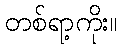
တစ်ရာ့ကိုး။